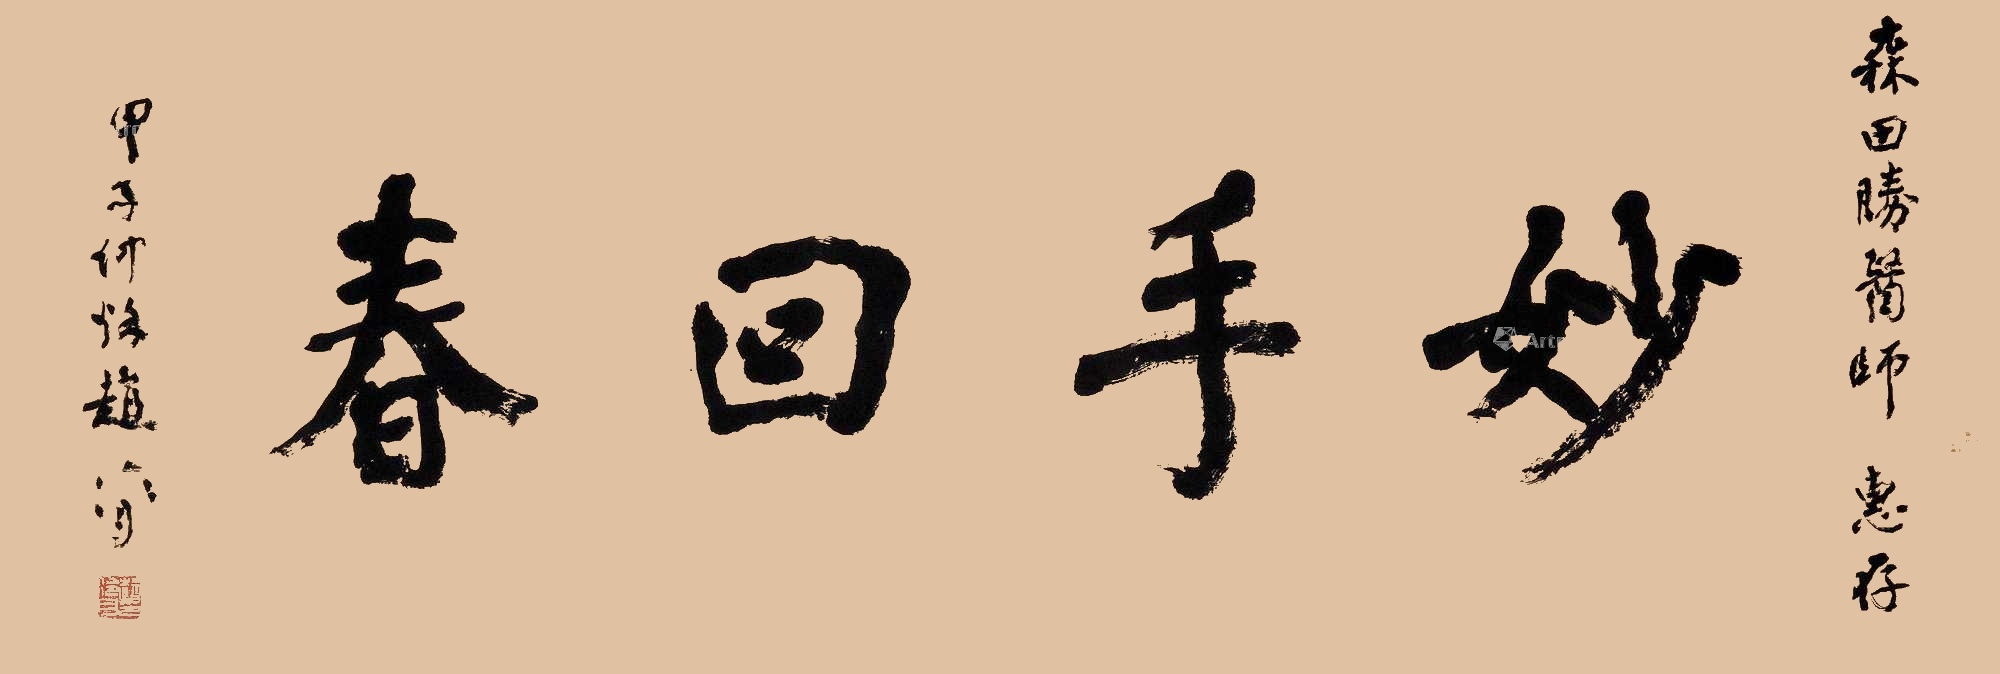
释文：妙手回春森田胜医师，惠存，甲子仲秌赵写作。